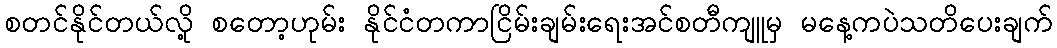
စတင်နိုင်တယ်လို့ စတော့ဟုမ်း နိုင်ငံတကာငြိမ်းချမ်းရေးအင်စတီကျူမှ မနေ့ကပဲသတိပေးချက်